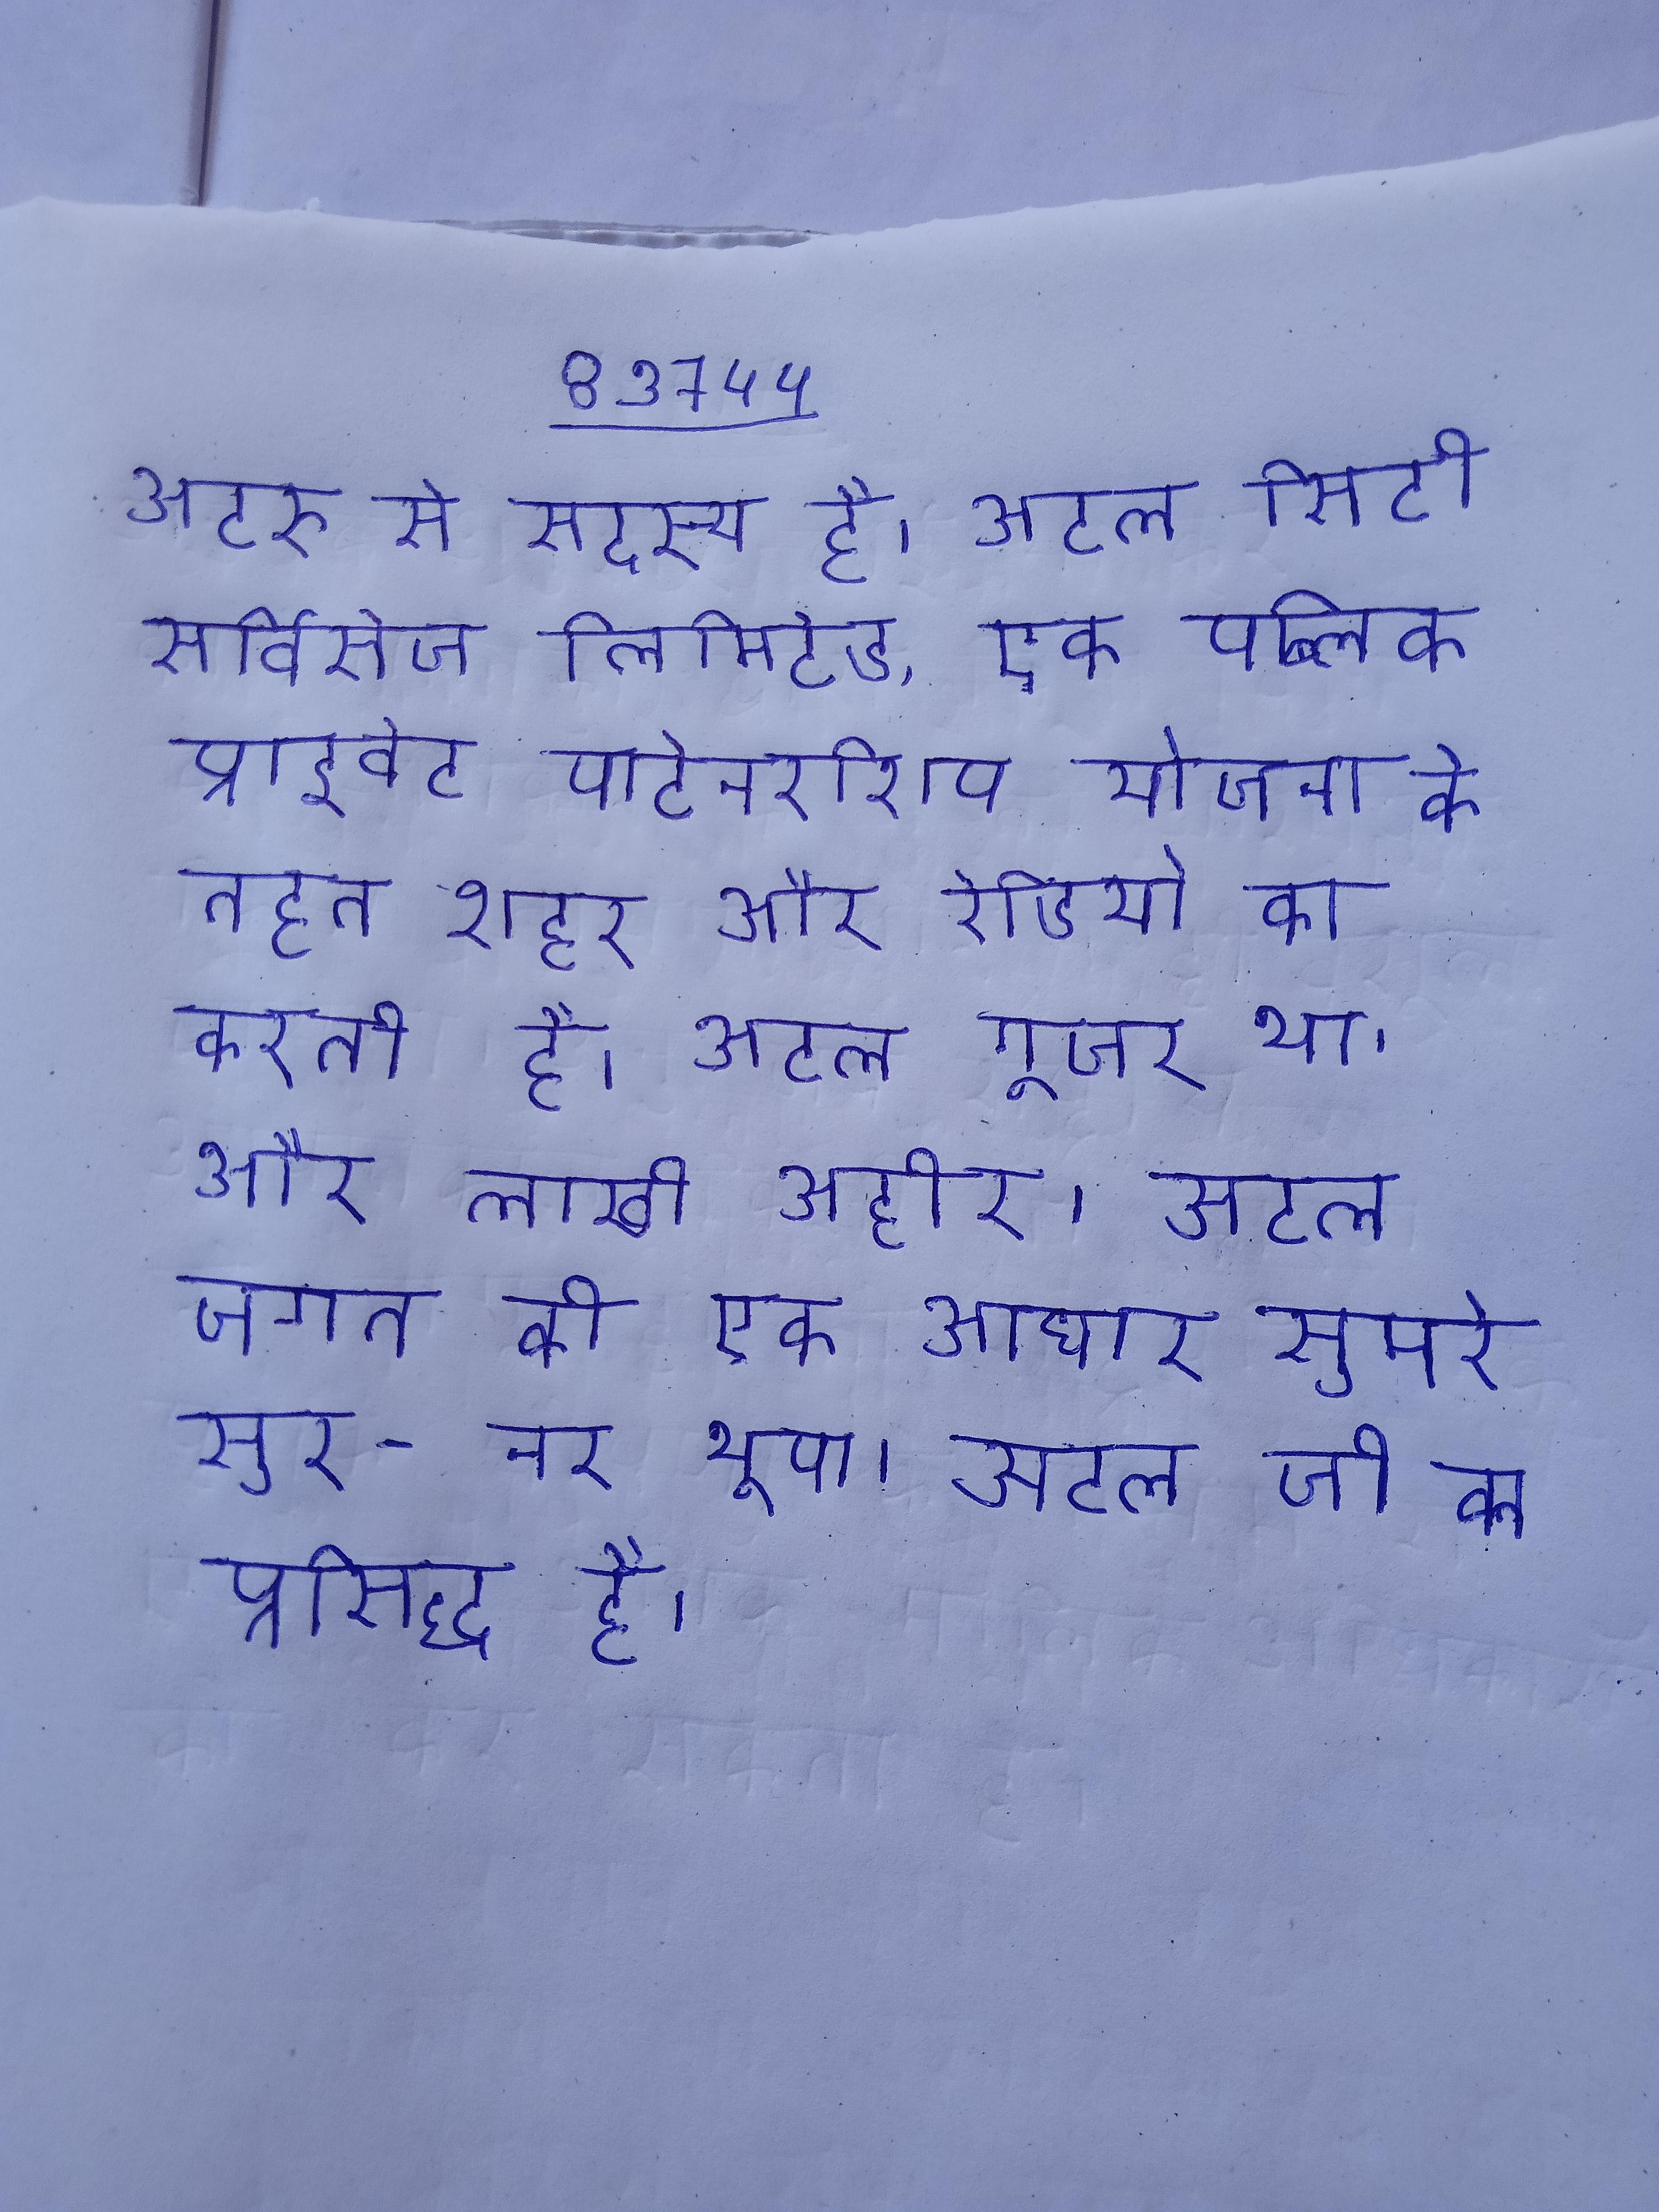
अटरू से सदस्य है । अटल सिटी सर्विसेज लिमिटेड, एक पब्लिक प्राइवेट पार्टनरशिप योजना के तहत शहर और रेडियो का करती है । अटल गूजर था और लाखी अहीर । अटल जगत की एक आधार सुमरे सुर- नर भूपा । अटल जी का प्रसिद्ध है ।